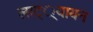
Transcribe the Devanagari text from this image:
लाट््यायन